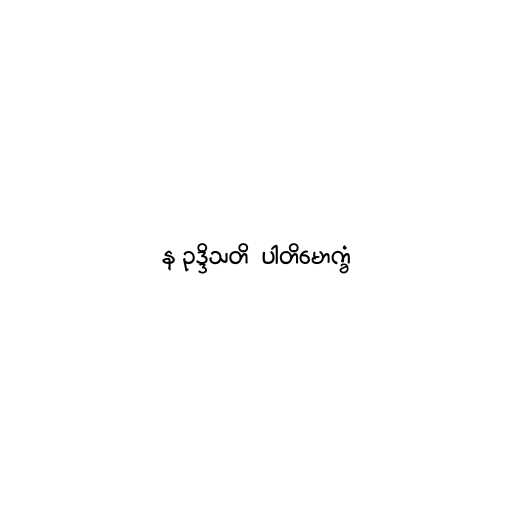
န ဥဒ္ဒိသတိ  ပါတိမောက္ခံ